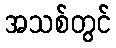
အသစ်တွင်